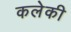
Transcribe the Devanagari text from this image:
कलेकी